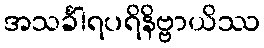
အသင်္ခါရပရိနိဗ္ဗာယိဿ